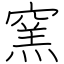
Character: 窯